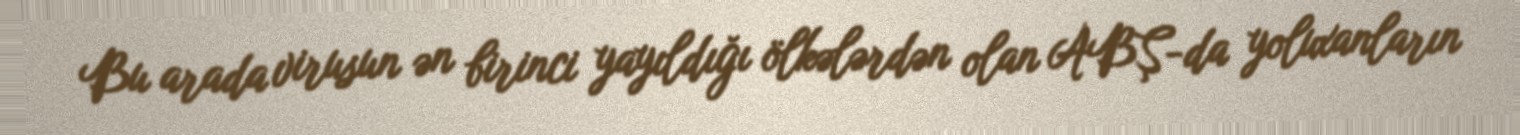
Bu arada virusun ən birinci yayıldığı ölkələrdən olan ABŞ-da yoluxanların